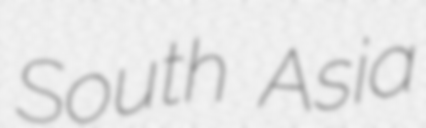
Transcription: South Asia